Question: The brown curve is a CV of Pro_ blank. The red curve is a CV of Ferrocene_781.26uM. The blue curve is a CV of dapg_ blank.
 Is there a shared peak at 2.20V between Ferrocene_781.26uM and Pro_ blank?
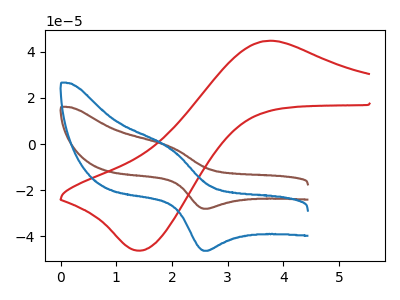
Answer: <think>The brown curve "Pro_ blank" has an anodic peak at (1.95V, -1.00uA) and a cathodic peak at (2.60V, -28.15uA). The red curve "Ferrocene_781.26uM" has an anodic peak at (3.70V, 44.80uA) and a cathodic peak at (1.45V, -46.30uA). The blue curve "dapg_ blank" has an anodic peak at (1.95V, -1.65uA) and a cathodic peak at (2.60V, -46.40uA).</think>
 <answer>No, "Ferrocene_781.26uM" and "Pro_ blank" dont share a peak at 2.20V.</answer>
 <eval>mismatch</eval>